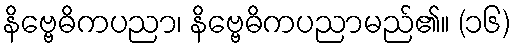
နိဗ္ဗေဓိကပညာ၊ နိဗ္ဗေဓိကပညာမည်၏။ (၁၆)